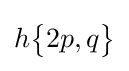
h{\begin{Bmatrix}2p,q\end{Bmatrix}}